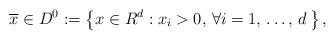
LaTeX: \begin{align*}\overline{x} \in D^{0}:=\left\{ x\in R^{d}:x_{i}>0,\thinspace \forall i=1,\thinspace \mathellipsis ,\thinspace d\thinspace \right\},\end{align*}